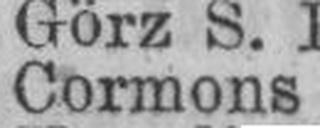
Cormons